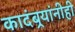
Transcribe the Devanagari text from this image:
कादंबर्‍यांनीही